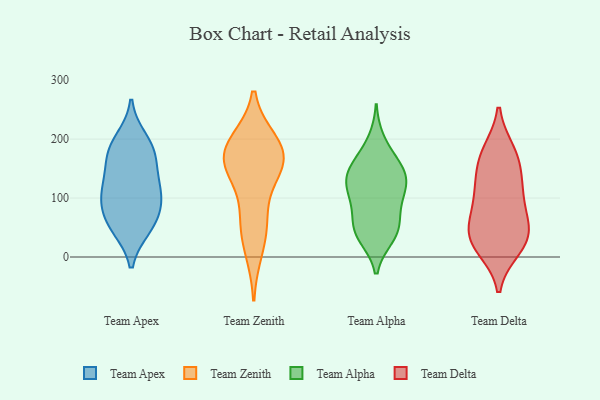
{"axis": {"x": "Churn Rate (%)", "y": "Value"}, "legend": ["Team Alpha", "Team Apex", "Team Delta", "Team Zenith"], "data": [{"x": "", "y": 133, "type": "Team Apex"}, {"x": "", "y": 92, "type": "Team Apex"}, {"x": "", "y": 178, "type": "Team Apex"}, {"x": "", "y": 92, "type": "Team Apex"}, {"x": "", "y": 182, "type": "Team Apex"}, {"x": "", "y": 62, "type": "Team Apex"}, {"x": "", "y": 165, "type": "Team Apex"}, {"x": "", "y": 112, "type": "Team Apex"}, {"x": "", "y": 199, "type": "Team Apex"}, {"x": "", "y": 116, "type": "Team Apex"}, {"x": "", "y": 51, "type": "Team Apex"}, {"x": "", "y": 50, "type": "Team Apex"}, {"x": "", "y": 62, "type": "Team Zenith"}, {"x": "", "y": 141, "type": "Team Zenith"}, {"x": "", "y": 12, "type": "Team Zenith"}, {"x": "", "y": 160, "type": "Team Zenith"}, {"x": "", "y": 60, "type": "Team Zenith"}, {"x": "", "y": 163, "type": "Team Zenith"}, {"x": "", "y": 195, "type": "Team Zenith"}, {"x": "", "y": 193, "type": "Team Zenith"}, {"x": "", "y": 179, "type": "Team Zenith"}, {"x": "", "y": 159, "type": "Team Zenith"}, {"x": "", "y": 198, "type": "Team Alpha"}, {"x": "", "y": 47, "type": "Team Alpha"}, {"x": "", "y": 146, "type": "Team Alpha"}, {"x": "", "y": 128, "type": "Team Alpha"}, {"x": "", "y": 33, "type": "Team Alpha"}, {"x": "", "y": 41, "type": "Team Alpha"}, {"x": "", "y": 142, "type": "Team Alpha"}, {"x": "", "y": 152, "type": "Team Alpha"}, {"x": "", "y": 97, "type": "Team Alpha"}, {"x": "", "y": 171, "type": "Team Alpha"}, {"x": "", "y": 109, "type": "Team Alpha"}, {"x": "", "y": 69, "type": "Team Alpha"}, {"x": "", "y": 35, "type": "Team Alpha"}, {"x": "", "y": 107, "type": "Team Alpha"}, {"x": "", "y": 144, "type": "Team Alpha"}, {"x": "", "y": 63, "type": "Team Alpha"}, {"x": "", "y": 118, "type": "Team Alpha"}, {"x": "", "y": 16, "type": "Team Delta"}, {"x": "", "y": 30, "type": "Team Delta"}, {"x": "", "y": 166, "type": "Team Delta"}, {"x": "", "y": 34, "type": "Team Delta"}, {"x": "", "y": 58, "type": "Team Delta"}, {"x": "", "y": 112, "type": "Team Delta"}, {"x": "", "y": 109, "type": "Team Delta"}, {"x": "", "y": 171, "type": "Team Delta"}, {"x": "", "y": 128, "type": "Team Delta"}, {"x": "", "y": 45, "type": "Team Delta"}, {"x": "", "y": 178, "type": "Team Delta"}, {"x": "", "y": 80, "type": "Team Delta"}, {"x": "", "y": 23, "type": "Team Delta"}]}